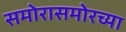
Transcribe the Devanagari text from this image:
समोरासमोरच्या